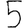
Digit: 5